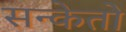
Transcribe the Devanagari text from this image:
सन्केतो